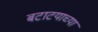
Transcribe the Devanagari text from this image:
बटाटयाच्या